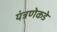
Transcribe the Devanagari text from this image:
यंत्रणेकडे